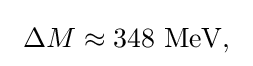
~\Delta M\approx 348{\text{ MeV,}}~